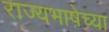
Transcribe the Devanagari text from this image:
राज्यभाषेच्या